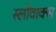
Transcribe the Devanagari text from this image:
स्लोवाक्स